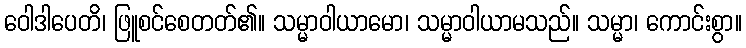
ဝေါဒါပေတိ၊ ဖြူစင်စေတတ်၏။ သမ္မာဝါယာမော၊ သမ္မာဝါယာမသည်။ သမ္မာ၊ ကောင်းစွာ။